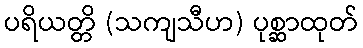
ပရိယတ္တိ (သကျသီဟ) ပုစ္ဆာထုတ်